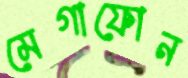
মেগাফোন